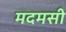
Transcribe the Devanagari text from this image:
मदमसी